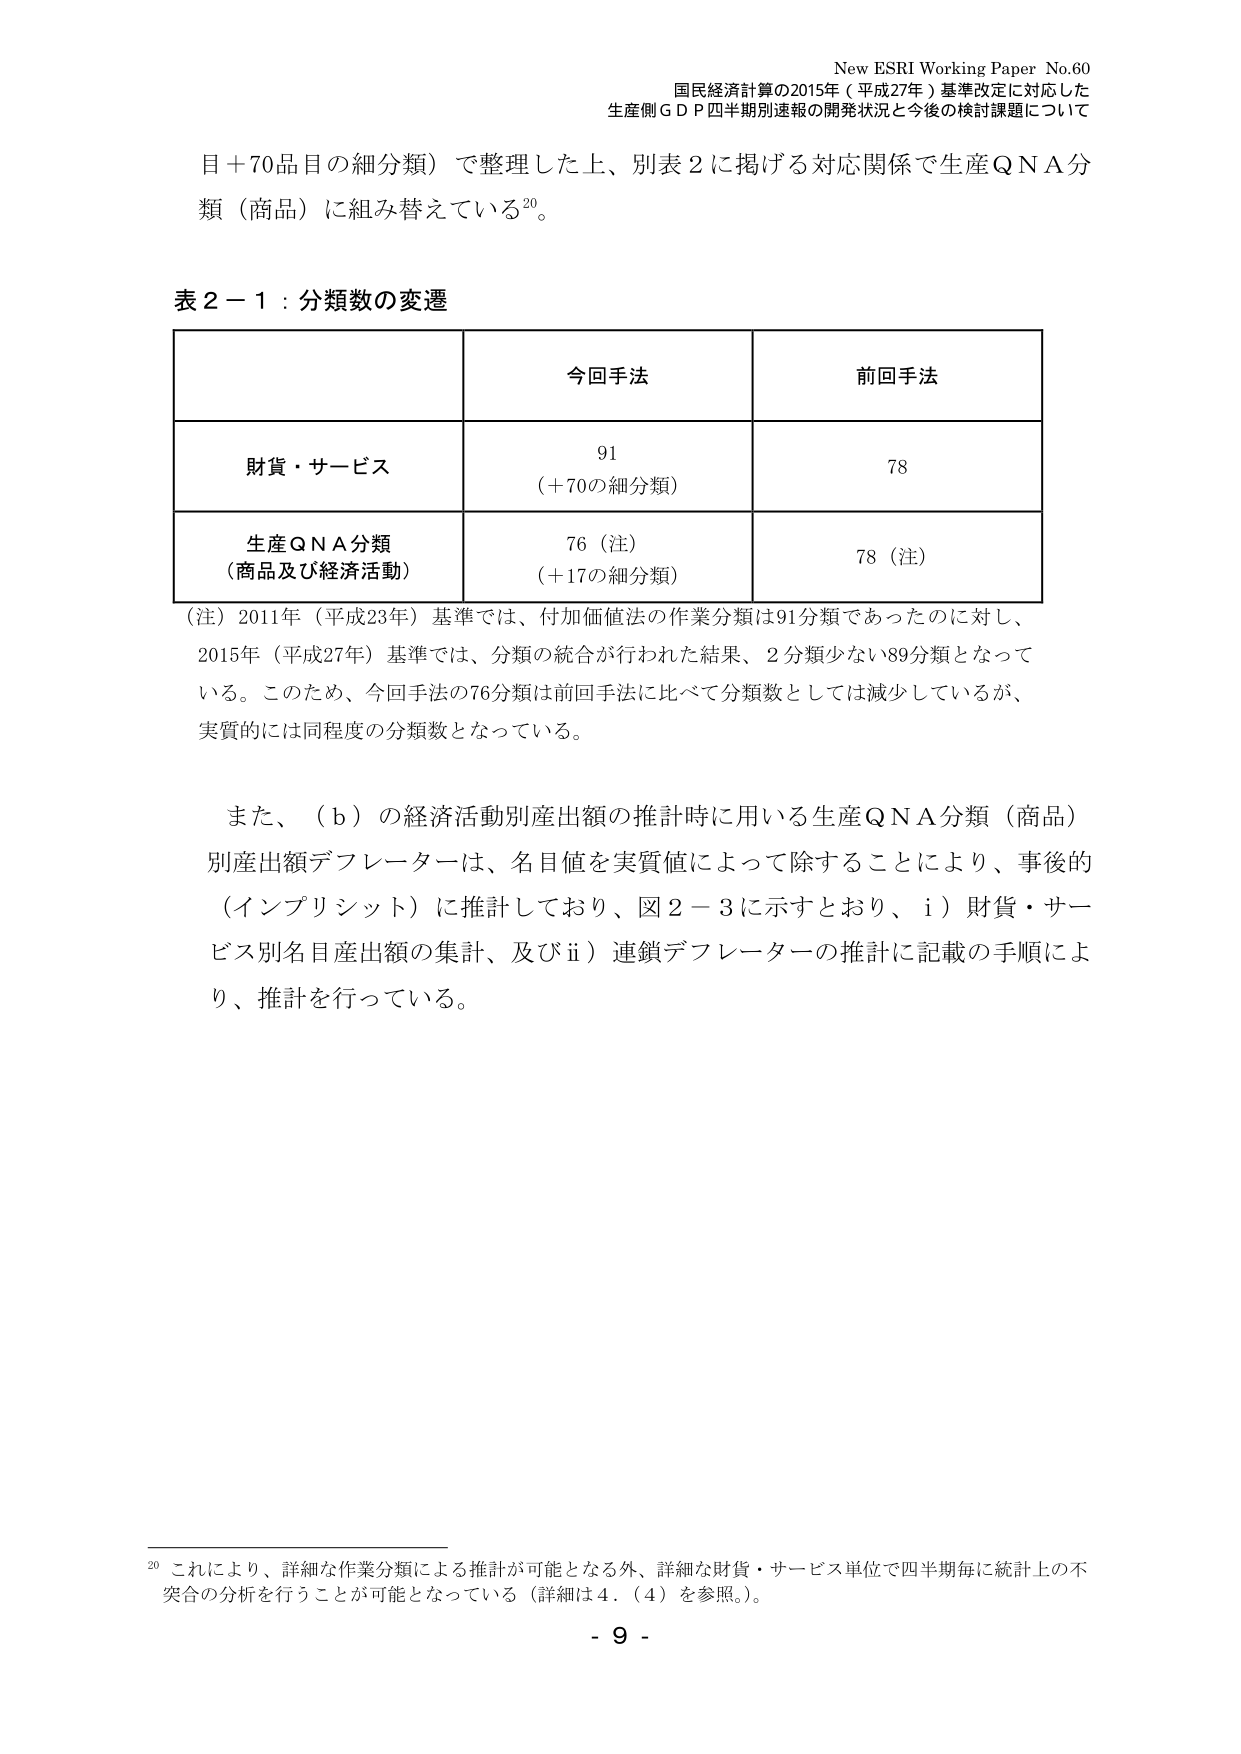
New ESRI Working Paper No.60
国民経済計算の2015年（平成27年）基準改定に対応した
生産側ＧＤＰ四半期別速報の開発状況と今後の検討課題について

目＋70品目の細分類）で整理した上、別表2に掲げる対応関係で生産ＱＮＡ分類（商品）に組み替えている²⁰。

表2－1：分類数の変遷

| | 今回手法 | 前回手法 |
|---|---|---|
| 財貨・サービス | 91<br>（＋70の細分類） | 78 |
| 生産ＱＮＡ分類<br>（商品及び経済活動） | 76（注）<br>（＋17の細分類） | 78（注） |

（注）2011年（平成23年）基準では、付加価値法の作業分類は91分類であったのに対し、2015年（平成27年）基準では、分類の統合が行われた結果、2分類少ない89分類となっている。このため、今回手法の76分類は前回手法に比べて分類数としては減少しているが、実質的には同程度の分類数となっている。

また、（ｂ）の経済活動別産出額の推計時に用いる生産ＱＮＡ分類（商品）別産出額デフレーターは、名目値を実質値によって除することにより、事後的（インプリシット）に推計しており、図2－3に示すとおり、ⅰ）財貨・サービス別名目産出額の集計、及びⅱ）連鎖デフレーターの推計に記載の手順により、推計を行っている。

²⁰ これにより、詳細な作業分類による推計が可能となる外、詳細な財貨・サービス単位で四半期毎に統計上の不突合の分析を行うことが可能となっている（詳細は4．（4）を参照。）。

- 9 -